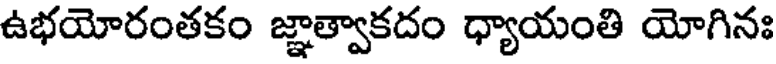
ఉభయోరంతకం జ్ఞాత్వాకదం ధ్యాయంతి యోగినః